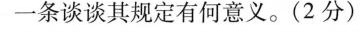
一条谈谈其规定有何意义。(2 分)